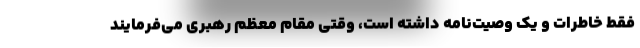
فقط خاطرات و یک وصیت‌نامه داشته است، وقتی مقام معظم رهبری می‌فرمایند